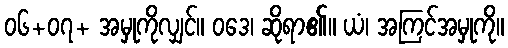
၀၆+၀၇+ အမှုကိုလျှင်။ ဝဒေ၊ ဆိုရာ၏။ ယံ၊ အကြင်အမှုကို။